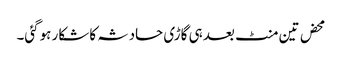
محض تین منٹ بعد ہی گاڑی حادثہ کا شکار ہوگئی۔